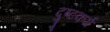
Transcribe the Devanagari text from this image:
दुष्टकर्म